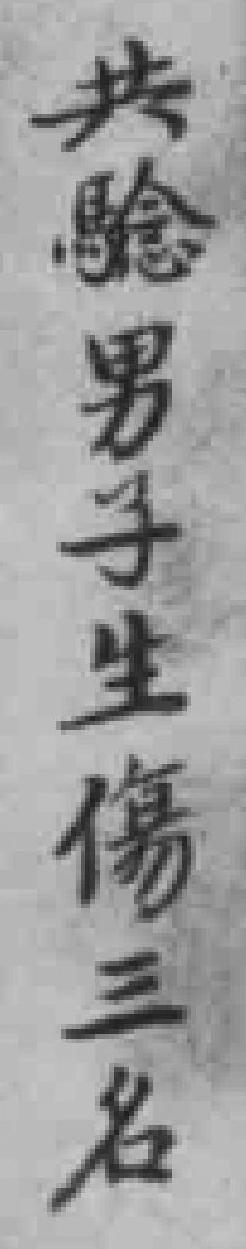
共騐男子生傷三名